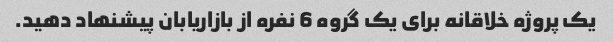
یک پروژه خلاقانه برای یک گروه 6 نفره از بازاریابان پیشنهاد دهید.